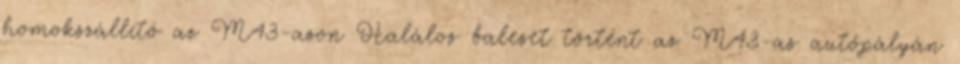
homokszállító az M43-ason Halálos baleset történt az M43-as autópályán